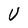
Character: V